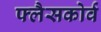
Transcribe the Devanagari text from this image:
फ्लैसकोर्व